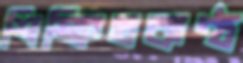
শিক্ষিতকণ্ঠ